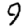
Digit: 9